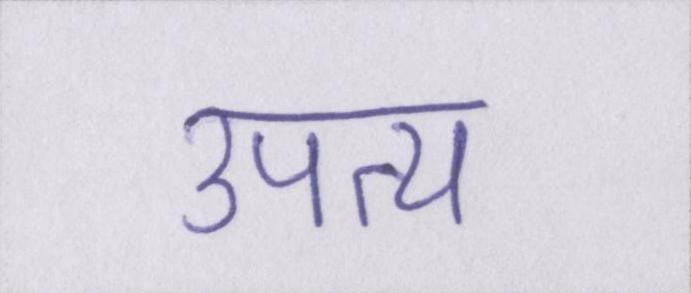
उपत्य